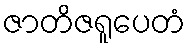
ဇာတိဇရူပေတံ